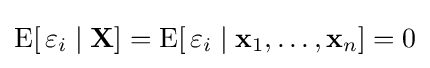
\operatorname {E} [\,\varepsilon _{i}\mid \mathbf {X} ]=\operatorname {E} [\,\varepsilon _{i}\mid \mathbf {x} _{1},\dots ,\mathbf {x} _{n}]=0